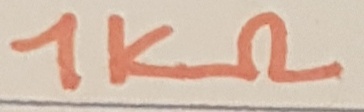
Text: 1KΩ